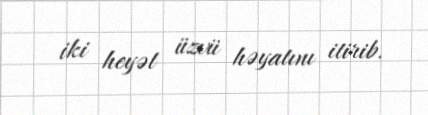
iki heyət üzvü həyatını itirib.